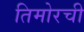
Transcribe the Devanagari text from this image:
तिमोरची